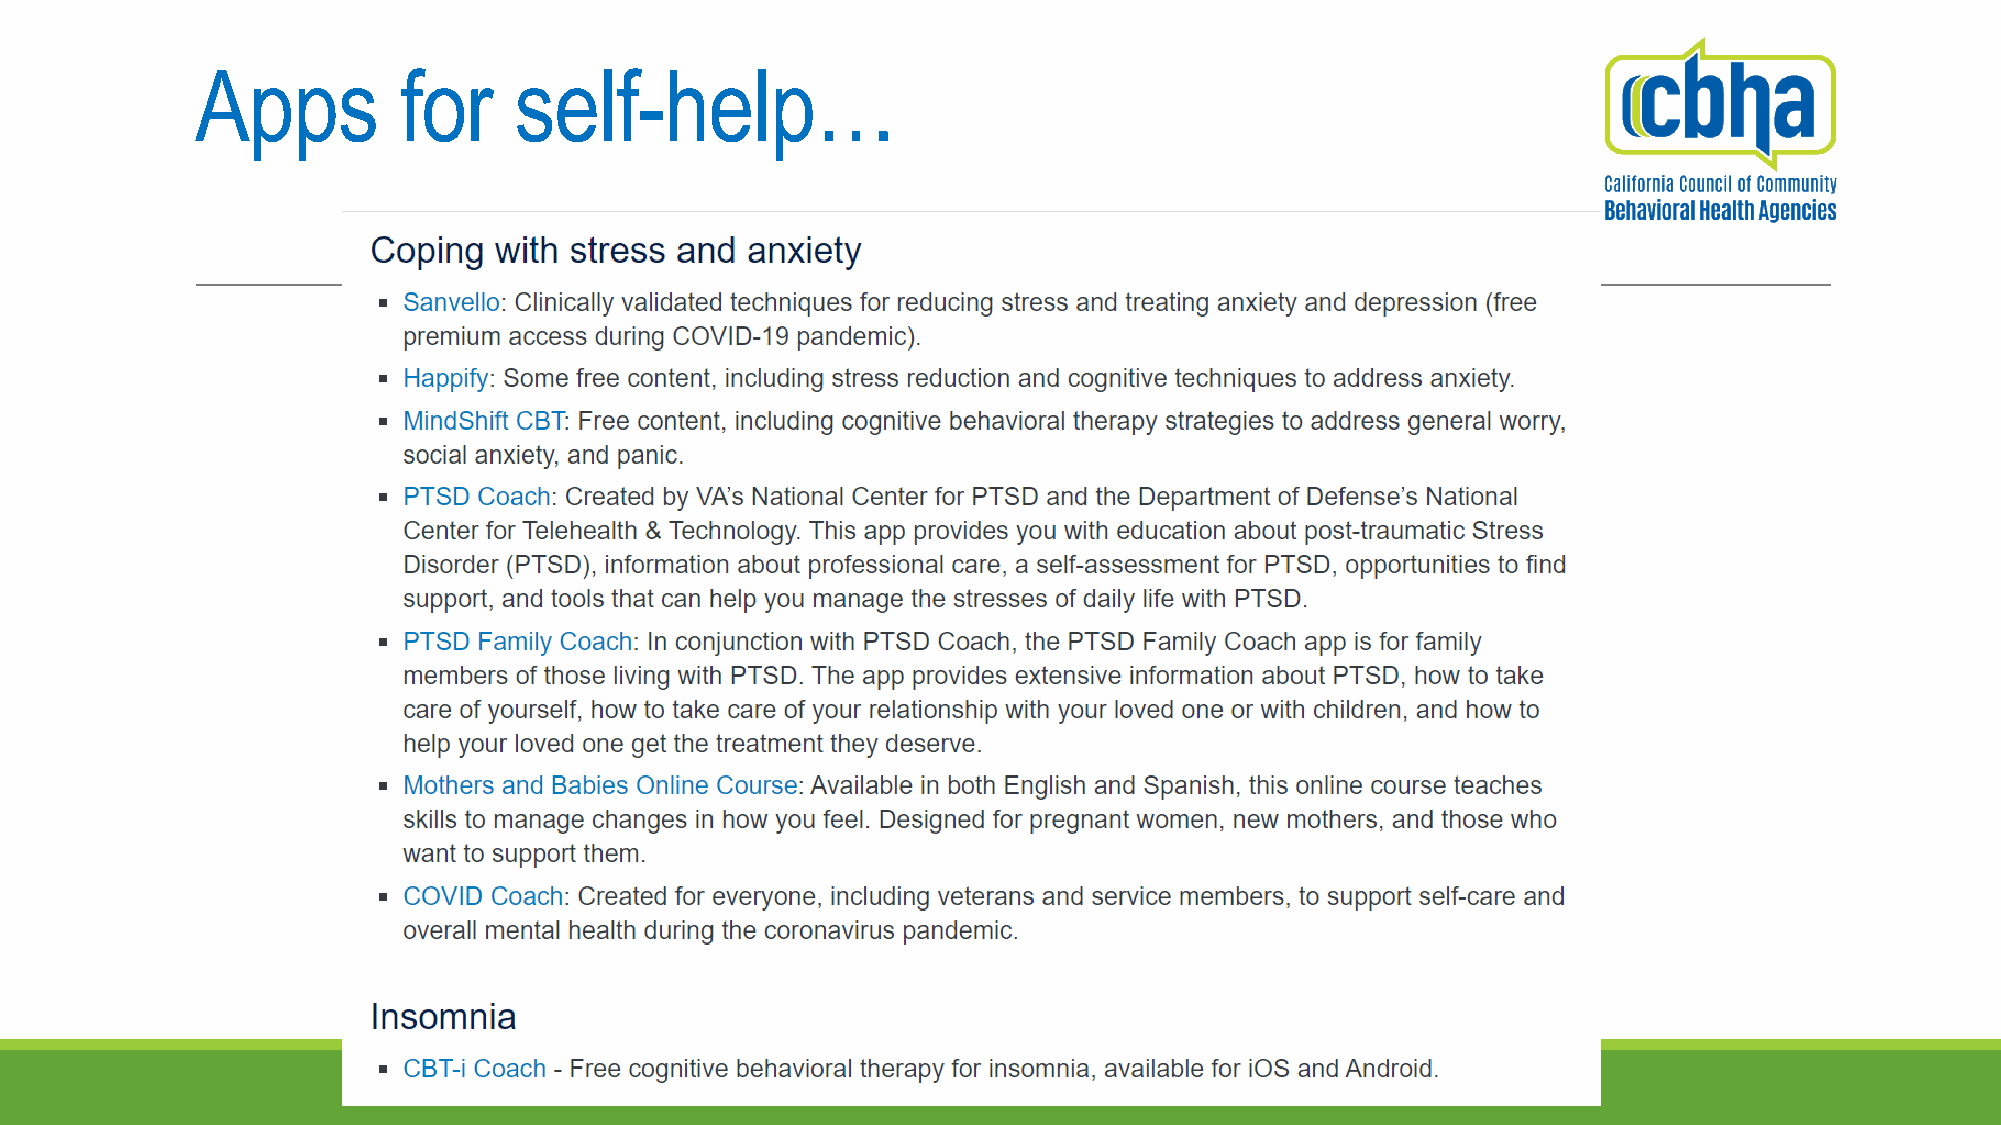
Apps         for     self-help…
 CALIFORNIA COUNCIL OF COMMUNITY BEHAVIORAL HEALTH AGENCIES